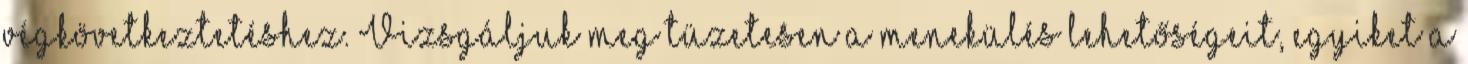
végkövetkeztetéshez. Vizsgáljuk meg tüzetesen a menekülés lehetőségeit, egyiket a